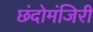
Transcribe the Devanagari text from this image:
छंदोमंजिरी